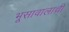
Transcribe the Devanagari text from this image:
भूसावालाची